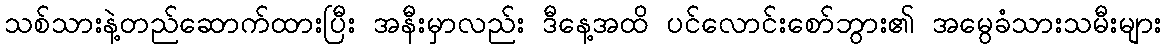
သစ်သားနဲ့တည်ဆောက်ထားပြီး အနီးမှာလည်း ဒီနေ့အထိ ပင်လောင်းစော်ဘွား၏ အမွေခံသားသမီးများ